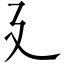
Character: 廴